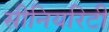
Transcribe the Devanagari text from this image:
सीनियरिटी